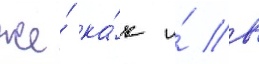
же́ ка́к и́ в